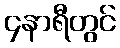
၄နာရီတွင်